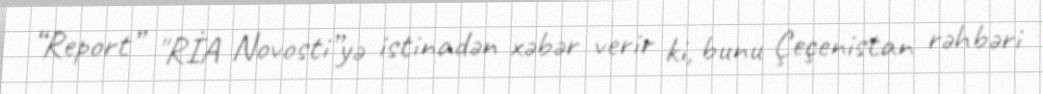
“Report” "RİA Novosti”yə istinadən xəbər verir ki, bunu Çeçenistan rəhbəri